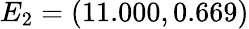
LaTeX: E_{2}=(11.000,0.669)